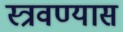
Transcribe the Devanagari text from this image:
स्त्रवण्यास